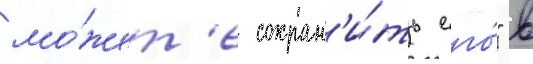
мо́жет'е сохран'и́ть его́" в